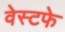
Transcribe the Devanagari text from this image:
वेस्टफे